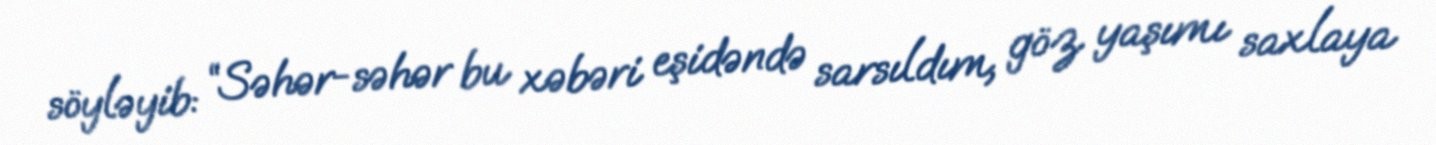
söyləyib: “Səhər-səhər bu xəbəri eşidəndə sarsıldım, göz yaşımı saxlaya